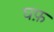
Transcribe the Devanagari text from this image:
घफ़